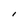
Character: l